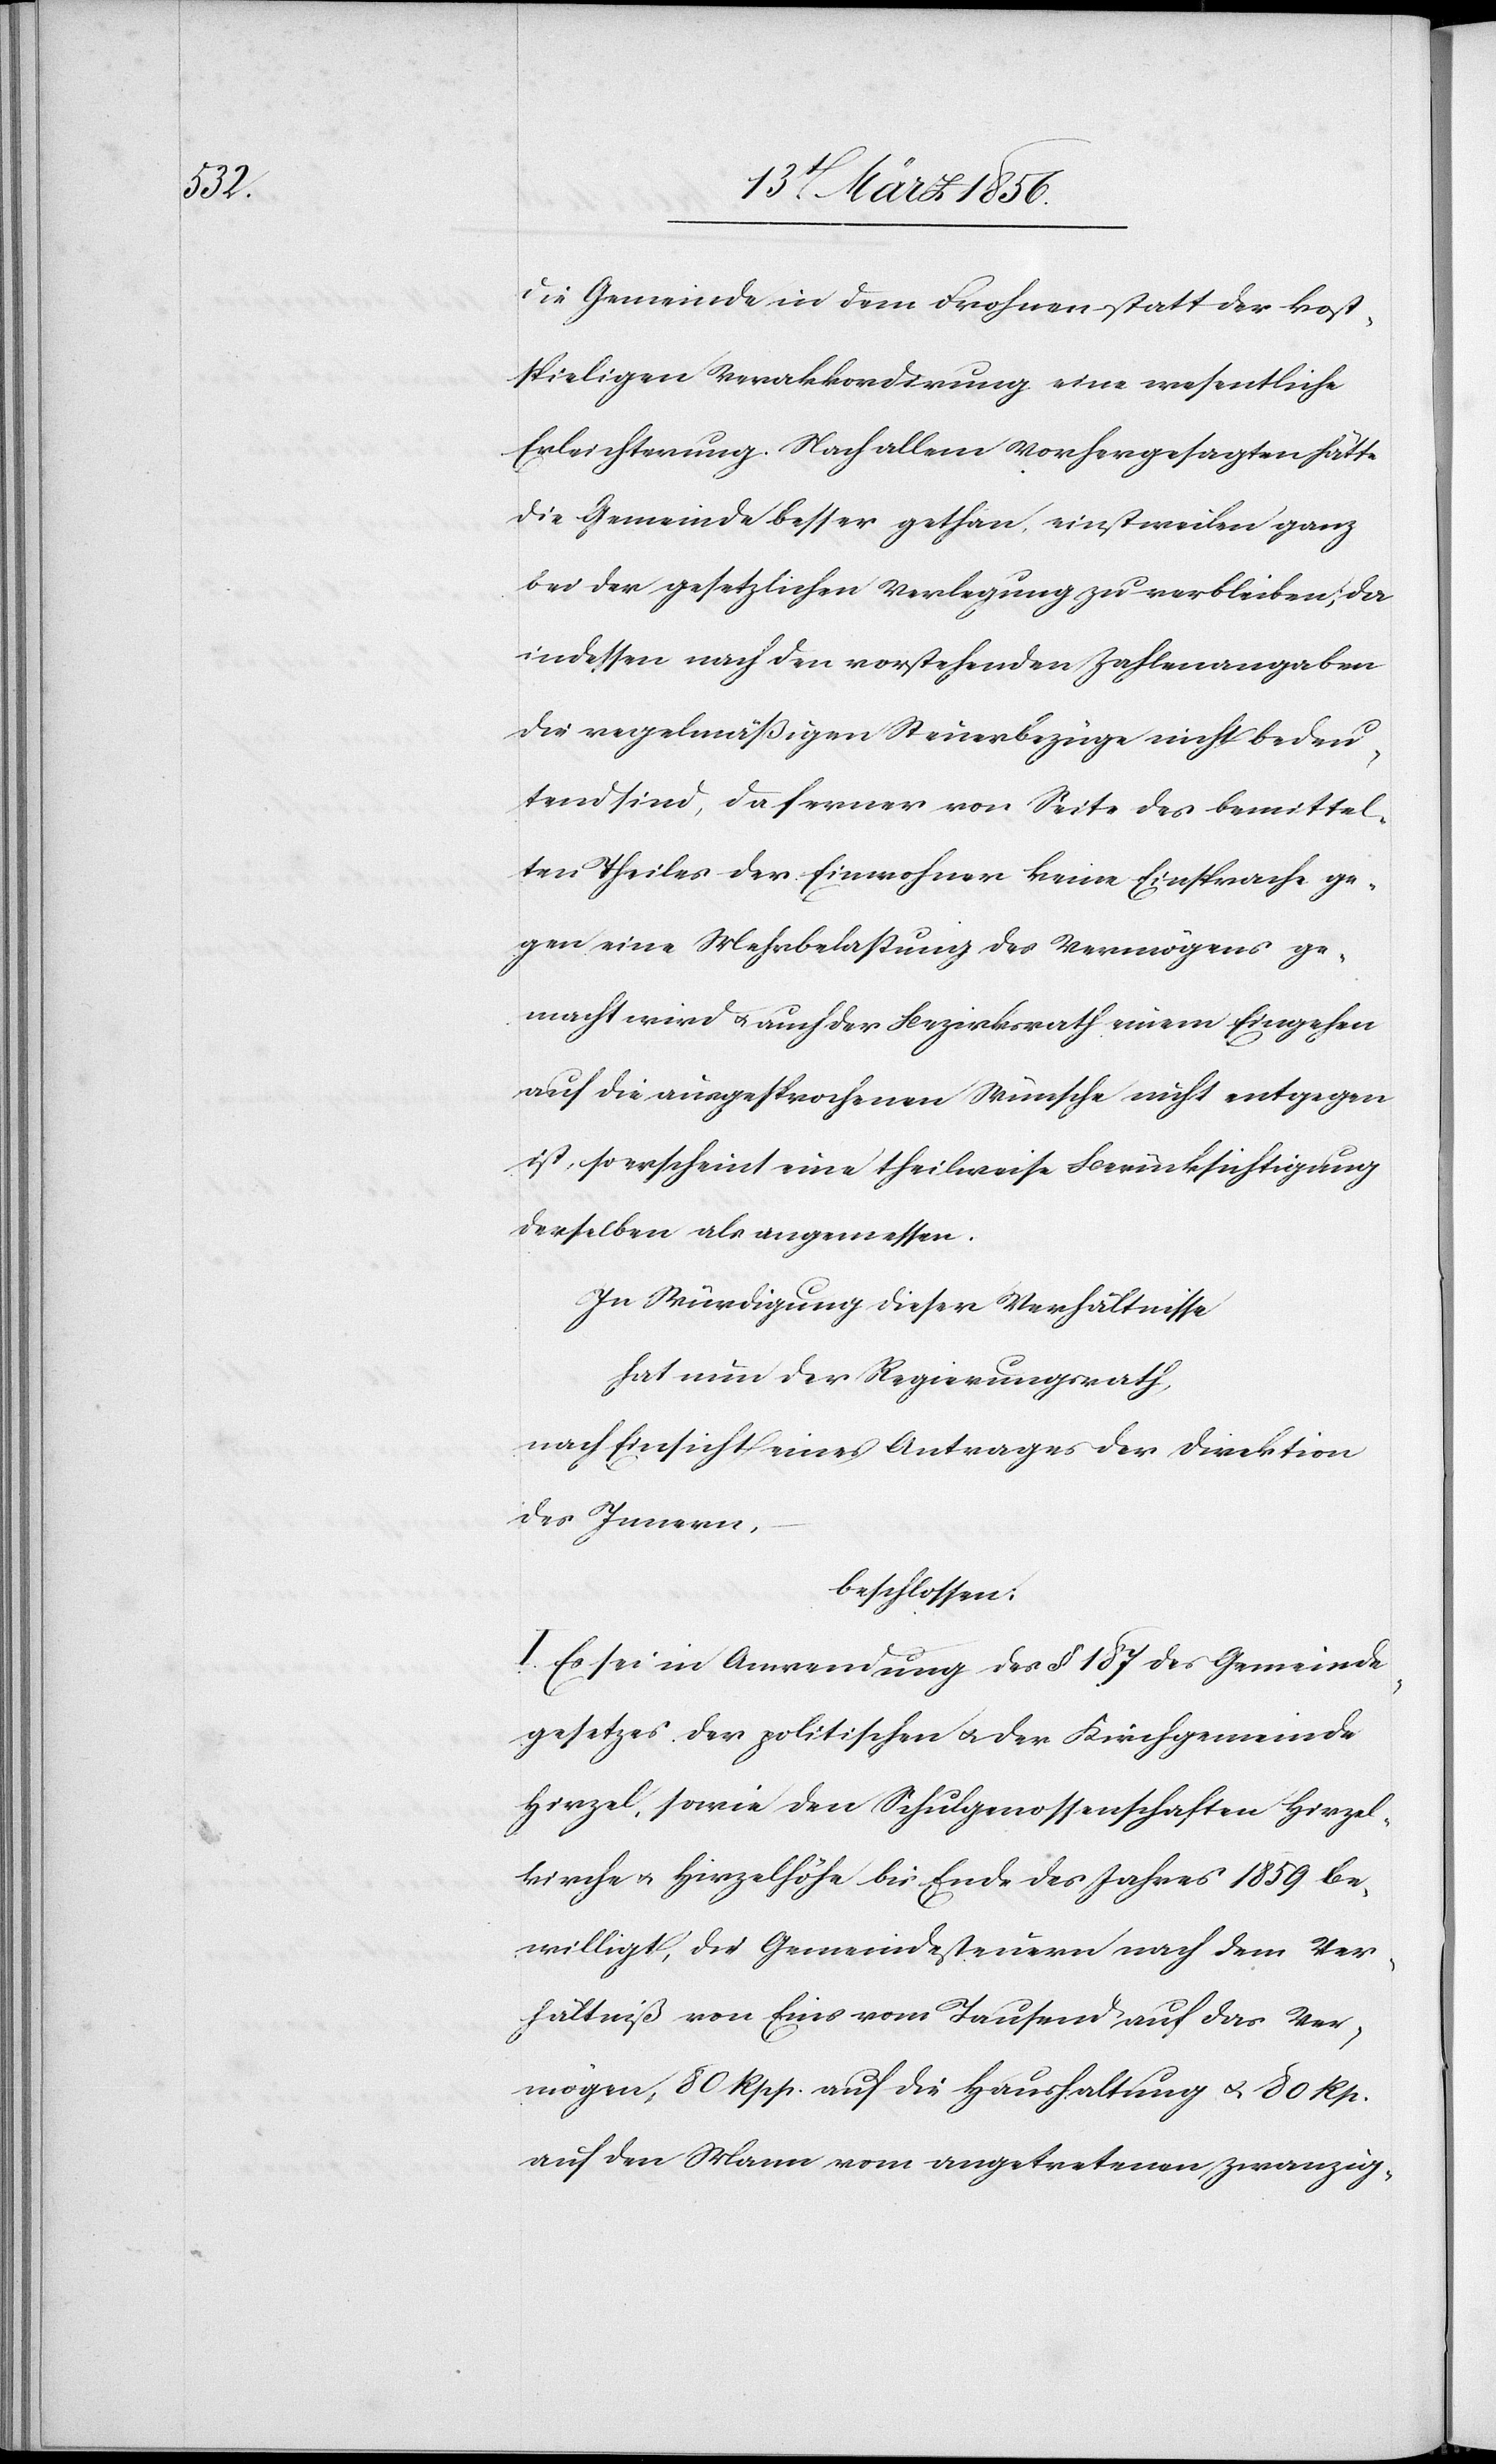
die Gemeinde in dem Frohnen statt der kost¬
spieligen Verakkordirung eine wesentliche
Erleichterung. Nach allem Vorhergesagten hätte
die Gemeinde besser gethan, einstweilen ganz
bei der gesetzlichen Verlegung zu verbleiben; da
indessen nach den vorstehenden Zahlenangaben
die regelmäßigen Steuerbezüge nicht bedeu¬
tend sind, da ferner von Seite des bemittel¬
ten Theiles der Einwohner keine Einsprache ge¬
gen eine Mehrbelastung des Vermögen ge¬
macht wird u. auch der Bezirksrath einem Eingehen
auf die ausgesprochenen Wünsche nicht entgegen
ist, so erscheint eine theilweise Berücksichtigung
derselben als angemessen.
In Würdigung dieser Verhältnisse
hat nun der Regierungsrath,
nach Einsicht eines Antrages der Direktion
des Innern,
beschlossen:
I. Es sei in Anwendung des § 187 des Gemeinde¬
gesetzes der politischen u. der Kirchgemeinde
Hirzel, sowie den Schulgenossenschaften Hirzel¬
kirche u. Hirzelhöhe bis Ende des Jahres 1859 be¬
willigt, die Gemeindesteuern nach dem Ver¬
hältniß von Eins vom Tausend auf das Ver¬
mögen, 80 Rpp. auf die Haushaltung u. 80 Rp.
auf den Mann vom angetretenen zwanzig-